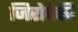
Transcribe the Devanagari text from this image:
जिरोवेकी